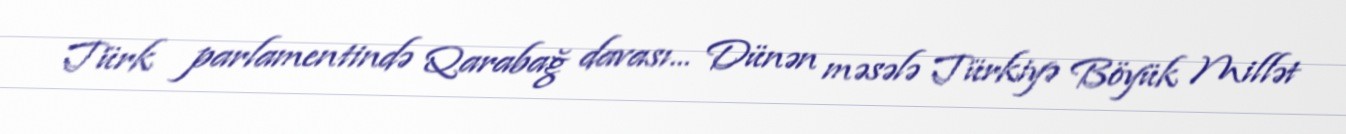
Türk parlamentində Qarabağ davası... Dünən məsələ Türkiyə Böyük Millət